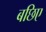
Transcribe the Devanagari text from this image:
बछिए